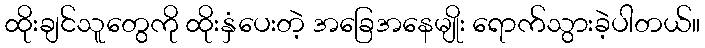
ထိုးချင်သူတွေကို ထိုးနှံပေးတဲ့ အခြေအနေမျိုး ရောက်သွားခဲ့ပါတယ်။